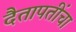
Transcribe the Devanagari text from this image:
दैतापतींचा